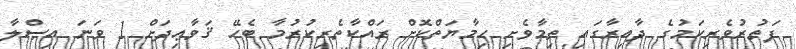
ފަތުރުވެރިކަމުގެ ދާއިރާގައި ތިމާވެށި ޙިމާޔަތްކޮށް ރައްކާތެރިކުރުމާ ބެހޭ ޤަވާޢިދަށް 1 ވަނަ އިޞްލާ